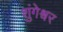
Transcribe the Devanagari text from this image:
शुंगेश्वर